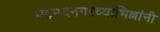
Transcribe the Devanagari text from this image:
अहमदनगरच्याभिल्लांनी